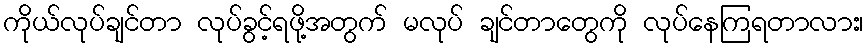
ကိုယ်လုပ်ချင်တာ လုပ်ခွင့်ရဖို့အတွက် မလုပ် ချင်တာတွေကို လုပ်နေကြရတာလား၊